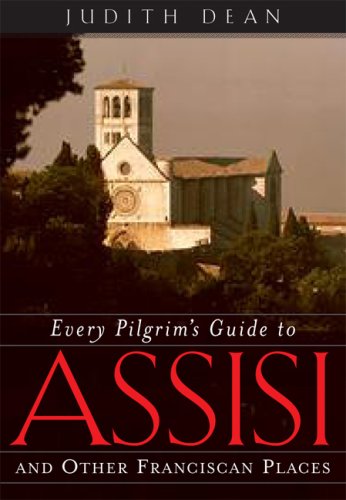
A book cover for Every Pilgrim's Guide to Assisi: And Other Franciscan Places; Judith Dean; Travel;